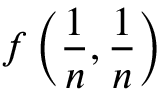
f \left( { \frac { 1 } { n } } , { \frac { 1 } { n } } \right)